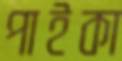
পাইকা